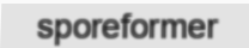
sporeformer